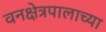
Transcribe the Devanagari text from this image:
वनक्षेत्रपालाच्या